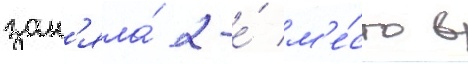
зан'яла́ 2-е́ м'е́сто в